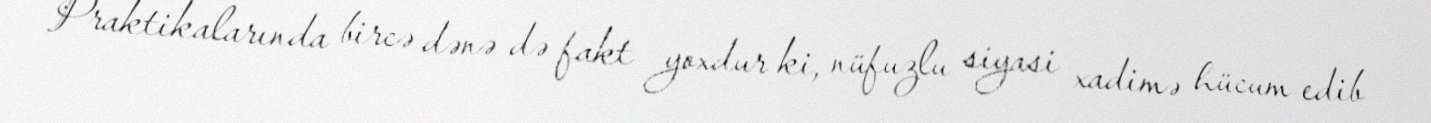
Praktikalarında bircə dənə də fakt yoxdur ki, nüfuzlu siyasi xadimə hücum edib